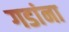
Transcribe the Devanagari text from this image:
गडांना